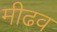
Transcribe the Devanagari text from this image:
मीढव